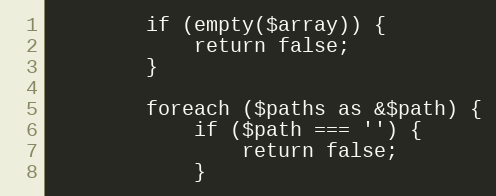
Language: PHP
        if (empty($array)) {
            return false;
        }

        foreach ($paths as &$path) {
            if ($path === '') {
                return false;
            }